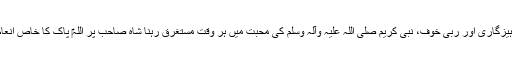
تقویٰ و پرہیزگاری اور ربی خوف، نبی کریم صلی اللہ علیہ وآلہ وسلم کی محبّت میں ہر وقت مستغرق رہنا شاہ صاحب پر اللہ‎ پاک کا خاص انعام رہا ہے ۔